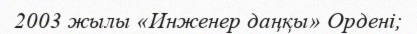
2003 жылы «Инженер даңқы» Ордені;